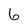
Character: 6